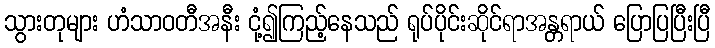
သွားတုများ ဟံသာဝတီအနီး ငုံ့၍ကြည့်နေသည် ရုပ်ပိုင်းဆိုင်ရာအန္တရာယ် ပြောပြပြီးပြီ